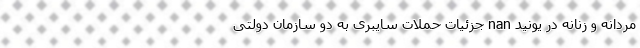
مردانه و زنانه در یونید nan جزئیات حملات سایبری به دو سازمان دولتی